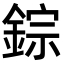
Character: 錝